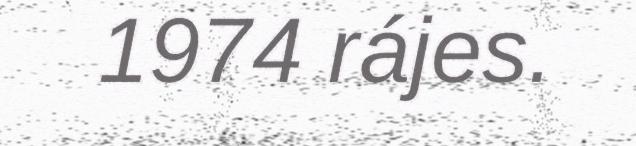
1974 rájes.